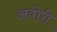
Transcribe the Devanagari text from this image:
अवोरी